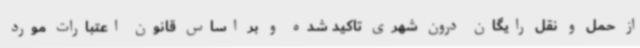
از حمل و نقل رایگان درون شهری تاکید شده و بر اساس قانون اعتبارات مورد